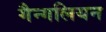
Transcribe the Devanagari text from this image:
गैन्गलियन